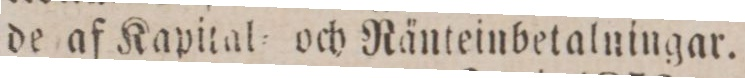
de af Kapital= och Ränteinbetalningar.